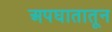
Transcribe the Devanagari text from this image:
अपघातातून